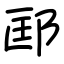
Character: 邼